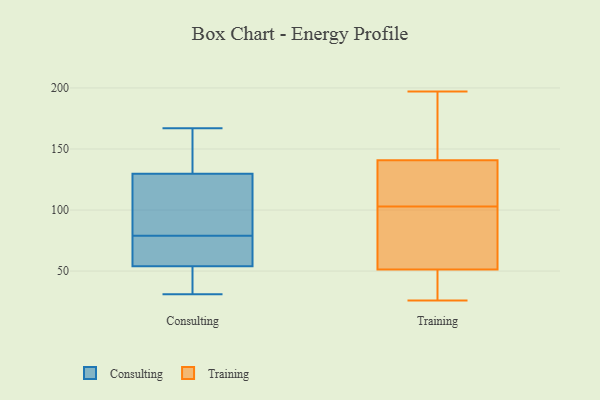
{"axis": {"x": "Revenue (USD Million)", "y": "Value"}, "legend": ["Consulting", "Training"], "data": [{"x": "", "y": 64, "type": "Consulting"}, {"x": "", "y": 37, "type": "Consulting"}, {"x": "", "y": 52, "type": "Consulting"}, {"x": "", "y": 146, "type": "Consulting"}, {"x": "", "y": 90, "type": "Consulting"}, {"x": "", "y": 46, "type": "Consulting"}, {"x": "", "y": 167, "type": "Consulting"}, {"x": "", "y": 114, "type": "Consulting"}, {"x": "", "y": 31, "type": "Consulting"}, {"x": "", "y": 152, "type": "Consulting"}, {"x": "", "y": 78, "type": "Consulting"}, {"x": "", "y": 112, "type": "Consulting"}, {"x": "", "y": 60, "type": "Consulting"}, {"x": "", "y": 79, "type": "Consulting"}, {"x": "", "y": 135, "type": "Consulting"}, {"x": "", "y": 26, "type": "Training"}, {"x": "", "y": 103, "type": "Training"}, {"x": "", "y": 137, "type": "Training"}, {"x": "", "y": 107, "type": "Training"}, {"x": "", "y": 197, "type": "Training"}, {"x": "", "y": 30, "type": "Training"}, {"x": "", "y": 145, "type": "Training"}, {"x": "", "y": 90, "type": "Training"}, {"x": "", "y": 142, "type": "Training"}, {"x": "", "y": 77, "type": "Training"}, {"x": "", "y": 143, "type": "Training"}, {"x": "", "y": 48, "type": "Training"}, {"x": "", "y": 41, "type": "Training"}, {"x": "", "y": 72, "type": "Training"}, {"x": "", "y": 179, "type": "Training"}, {"x": "", "y": 36, "type": "Training"}, {"x": "", "y": 110, "type": "Training"}, {"x": "", "y": 128, "type": "Training"}, {"x": "", "y": 61, "type": "Training"}]}